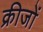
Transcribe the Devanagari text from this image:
क्रीजों